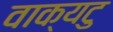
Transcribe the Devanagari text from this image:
वाक्यटु